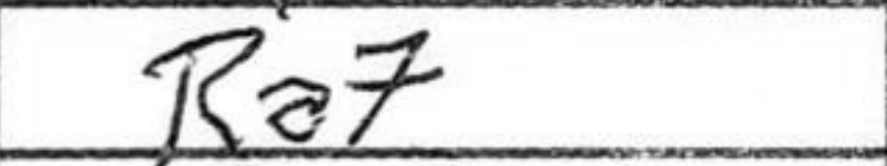
Transcription: Ra7